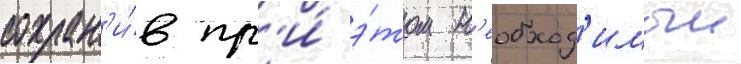
сохран'и́в пр'и́ э́том н'еобход'имыи